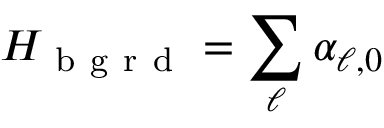
H _ { \mathrm { ~ b ~ g ~ r ~ d ~ } } = \sum _ { \ell } \alpha _ { \ell , 0 }